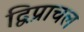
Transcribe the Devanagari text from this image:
द्विप्राचल